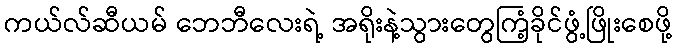
ကယ်လ်ဆီယမ် ဘေဘီလေးရဲ့ အရိုးနဲ့သွားတွေကြံ့ခိုင်ဖွံ့ဖြိုးစေဖို့